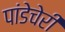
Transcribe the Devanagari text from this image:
पांडेचेरी